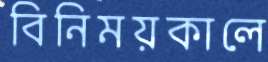
বিনিময়কালে